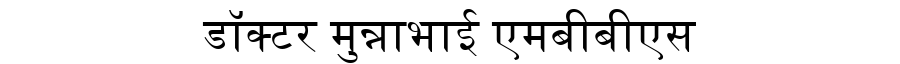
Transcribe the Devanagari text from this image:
डॉक्टर मुन्नाभाई एमबीबीएस